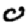
Digit: 0